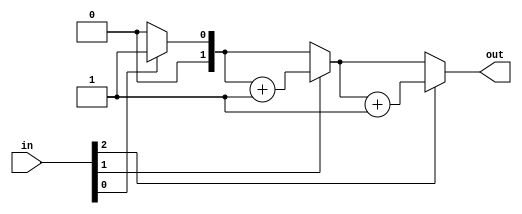
module top_module( 
    input [2:0] in,
    output [1:0] out );
    reg [1:0]out_1;
    assign out = out_1;
    integer i;
    always @(*) begin
        out_1=2'b0;//out_1
        for(i=0;i<3;i=i+1)
        begin
            if (in[i]==1'b1) begin
                out_1=out_1+1;
            end
            else begin
                out_1=out_1;
            end
        end

    end
endmodule